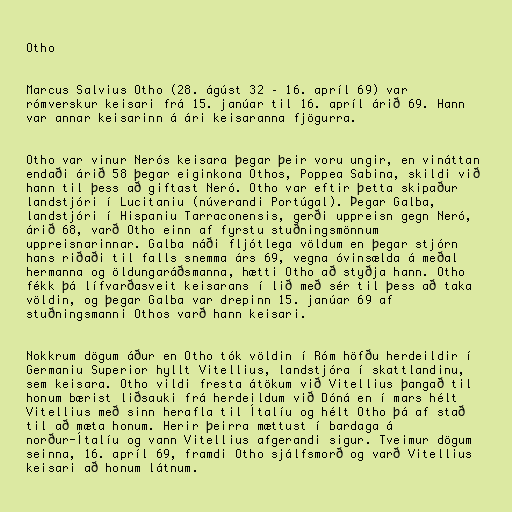
Otho

Marcus Salvius Otho (28. ágúst 32 – 16. apríl 69) var
rómverskur keisari frá 15. janúar til 16. apríl árið 69. Hann
var annar keisarinn á ári keisaranna fjögurra.

Otho var vinur Nerós keisara þegar þeir voru ungir, en vináttan
endaði árið 58 þegar eiginkona Othos, Poppea Sabina, skildi við
hann til þess að giftast Neró. Otho var eftir þetta skipaður
landstjóri í Lucitaniu (núverandi Portúgal). Þegar Galba,
landstjóri í Hispaniu Tarraconensis, gerði uppreisn gegn Neró,
árið 68, varð Otho einn af fyrstu stuðningsmönnum
uppreisnarinnar. Galba náði fljótlega völdum en þegar stjórn
hans riðaði til falls snemma árs 69, vegna óvinsælda á meðal
hermanna og öldungaráðsmanna, hætti Otho að styðja hann. Otho
fékk þá lífvarðasveit keisarans í lið með sér til þess að taka
völdin, og þegar Galba var drepinn 15. janúar 69 af
stuðningsmanni Othos varð hann keisari.

Nokkrum dögum áður en Otho tók völdin í Róm höfðu herdeildir í
Germaniu Superior hyllt Vitellius, landstjóra í skattlandinu,
sem keisara. Otho vildi fresta átökum við Vitellius þangað til
honum bærist liðsauki frá herdeildum við Dóná en í mars hélt
Vitellius með sinn herafla til Ítalíu og hélt Otho þá af stað
til að mæta honum. Herir þeirra mættust í bardaga á
norður-Ítalíu og vann Vitellius afgerandi sigur. Tveimur dögum
seinna, 16. apríl 69, framdi Otho sjálfsmorð og varð Vitellius
keisari að honum látnum.